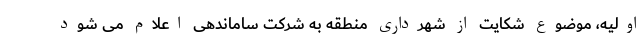
اولیه، موضوع شکایت از شهرداری منطقه به شرکت ساماندهی اعلام می شود